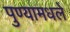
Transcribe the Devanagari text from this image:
पुण्यामधले